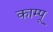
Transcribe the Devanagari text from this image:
काम्पू